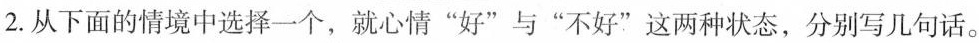
2.从下面的情境中选择一个，就心情”好”与”不好”这两种状态，分别写几句话。